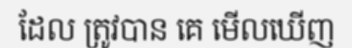
ដែល ត្រូវបាន គេ មើលឃើញ